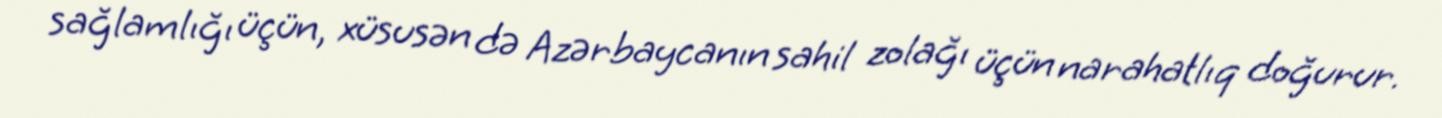
sağlamlığı üçün, xüsusən də Azərbaycanın sahil zolağı üçün narahatlıq doğurur.